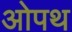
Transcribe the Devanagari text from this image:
ओपथ